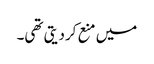
میں منع کردیتی تھی۔